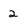
Character: 2